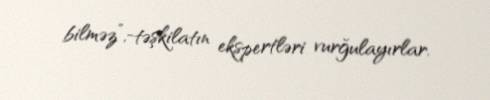
bilməz”,-təşkilatın ekspertləri vurğulayırlar.